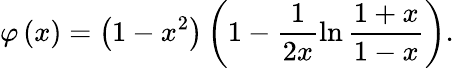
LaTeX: \varphi\left(x\right)=\left(1-x^{2}\right)\left(1-\frac{1}{2x}\ln\frac{1+x}{1-x}\right).